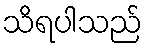
သိရပါသည်